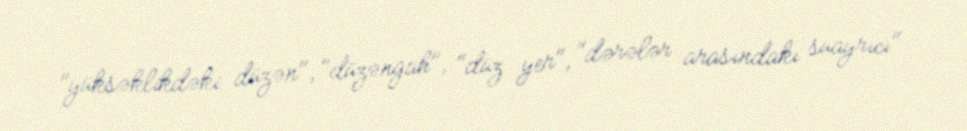
"yüksəklikdəki düzən", "düzəngah", "düz yer", "dərələr arasındakı suayrıcı"